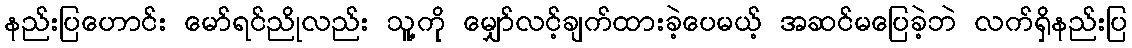
နည်းပြဟောင်း မော်ရင်ညိုလည်း သူ့ကို မျှော်လင့်ချက်ထားခဲ့ပေမယ့် အဆင်မပြေခဲ့ဘဲ လက်ရှိနည်းပြ